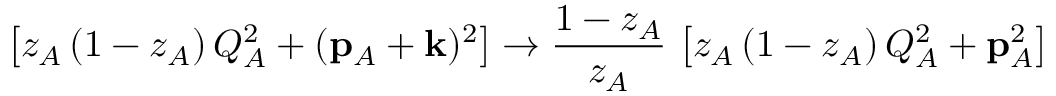
\left[ z _ { A } \, ( 1 - z _ { A } ) \, Q _ { A } ^ { 2 } + ( { { \bf p } } _ { A } + { { \bf k } } ) ^ { 2 } \right] \to { \frac { 1 - z _ { A } } { z _ { A } } } \, \left[ z _ { A } \, ( 1 - z _ { A } ) \, Q _ { A } ^ { 2 } + { { \bf p } } _ { A } ^ { 2 } \right] \,